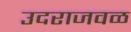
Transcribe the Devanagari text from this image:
उदराजवळ